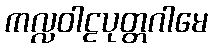
ကလ္လဝါဠပုတ္တဂါမေ